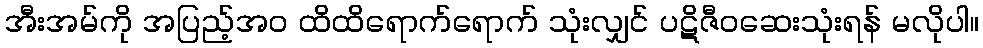
အီးအမ်ကို အပြည့်အဝ ထိထိရောက်ရောက် သုံးလျှင် ပဋိဇီဝဆေးသုံးရန် မလိုပါ။